Civil Veterinary Department Bihar reports 1936-40 - 1936-1940
Year: 1936
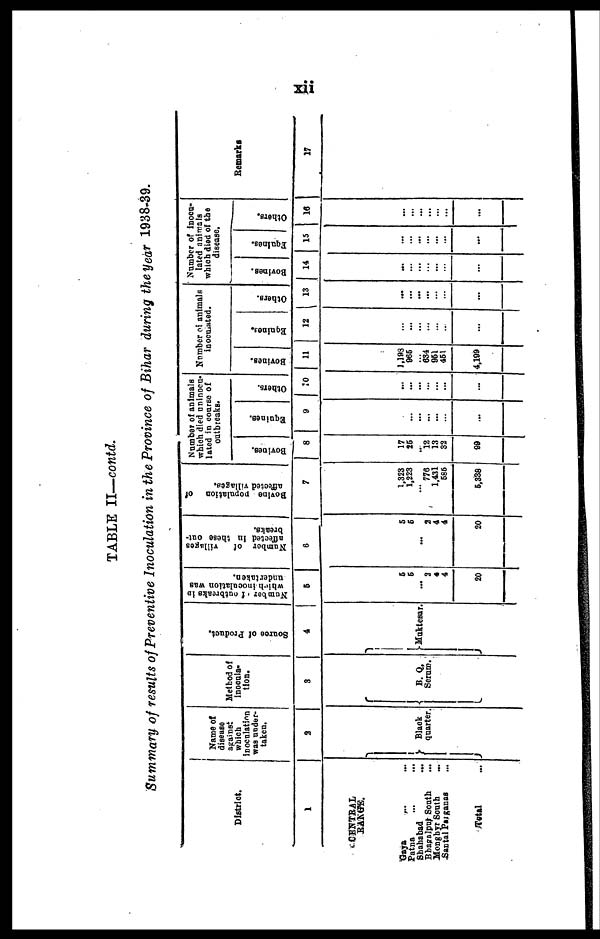
xii
TABLE II—contd.
Summary of results of Preventive Inoculation in the Province of Bihar during the year 1938-39.
District.
1
CENTRAL
RANGE.
Gaya ... ...
Patna ... ...
Shahabad
...
Bhagalpur South ...
Monghyr South
...
Santal Palganas ...
Total ...
Name of
disease
against
which
inoculation
was under-
taken.
2
Black
quarter.
Method of
inocula-
tion.
3
B. Q.
Serum.
Source
of Product.
4
Muktesar.
Number of outbreaks in
which
inoculation was
undertaken.
5
5
5
... 2
4
4
20
Number of
villages
affected in these out-
breaks.
6
5
5
...
3
4
4
20
Bovine population of
affected villages.
7
1,323
1,223
776
1,431
585
5,338
Number of animals
which died uninocu-
lated in coarse of
outbreaks.
Bovines.
8
17
25
12
13
32
99
Equines.
9
...
...
... ...
...
...
Others.
10
...
...
...
...
...
...
...
Number of animals
inoculated.
Bovines.
11
1,198
965
... 634
951
451
4,199
Equines.
12
...
...
...
...
...
...
...
Others.
13
...
...
...
...
...
...
...
Number of inocu-
lated animals
which died of the
disease.
Bovines.
14
...
...
...
...
...
...
...
Equines.
15
...
... ...
...
... ...
...
Others.
16
...
... ...
...
...
...
...
Remarks
17